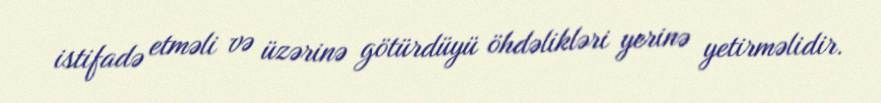
istifadə etməli və üzərinə götürdüyü öhdəlikləri yerinə yetirməlidir.